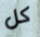
كل